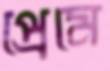
প্রেমে